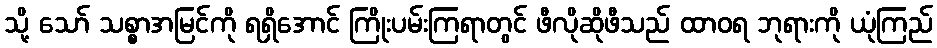
သို့ သော် သစ္စာအမြင်ကို ရရှိအောင် ကြိုးပမ်းကြရာတွင် ဖီလိုဆိုဖီသည် ထာဝရ ဘုရားကို ယုံကြည်